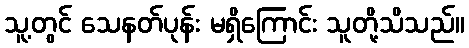
သူ့တွင် သေနတ်ပုန်း မရှိကြောင်း သူတို့သိသည်။